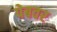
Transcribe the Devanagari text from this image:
पेबवर